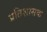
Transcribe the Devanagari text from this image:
प्रतिशासक